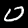
Label: 0